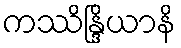
ကဿိန္ဒြိယာနိ